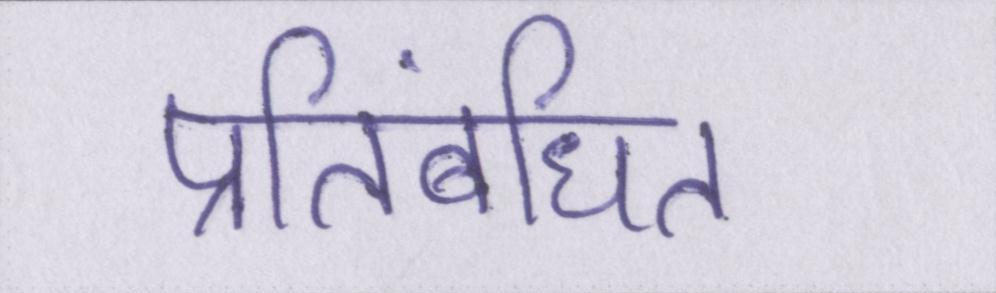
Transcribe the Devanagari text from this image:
प्रतिबंधित